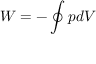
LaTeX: W = - \oint p d V